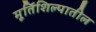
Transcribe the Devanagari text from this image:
मूर्तिशिल्पातील